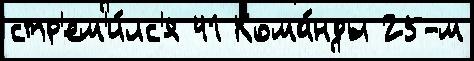
стр'ем'и́лс'я 41 Кома́нды 25-м